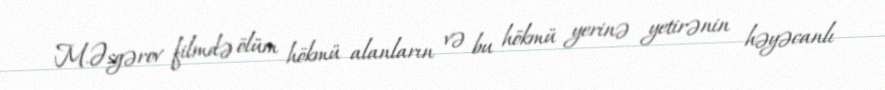
M.Əsgərov filmdə ölüm hökmü alanların və bu hökmü yerinə yetirənin həyəcanlı